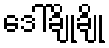
ဒေါ်ချိုချို